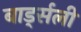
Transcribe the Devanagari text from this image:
बार्ड्सली